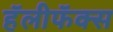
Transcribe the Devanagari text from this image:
हॅलीफॅक्स